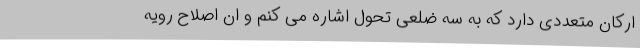
ارکان متعددی دارد که به سه ضلعی تحول اشاره می کنم و ان اصلاح رویه